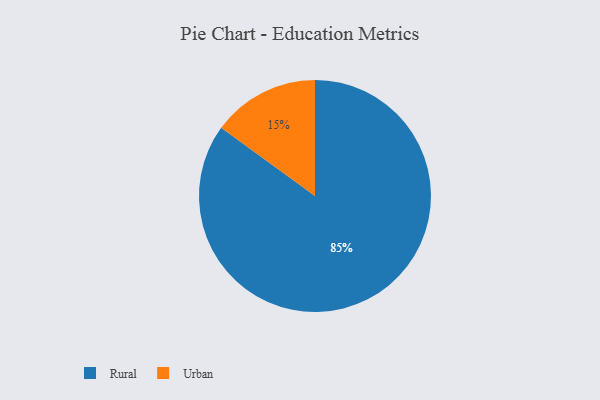
{"axis": {"x": "Category", "y": "Percentage"}, "legend": ["Rural", "Urban"], "data": [{"x": "Rural", "y": 85, "type": "Rural"}, {"x": "Urban", "y": 15, "type": "Urban"}]}